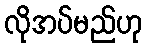
လိုအပ်မည်ဟု